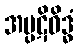
အပ္ပဋိဝိဒ္ဓံ